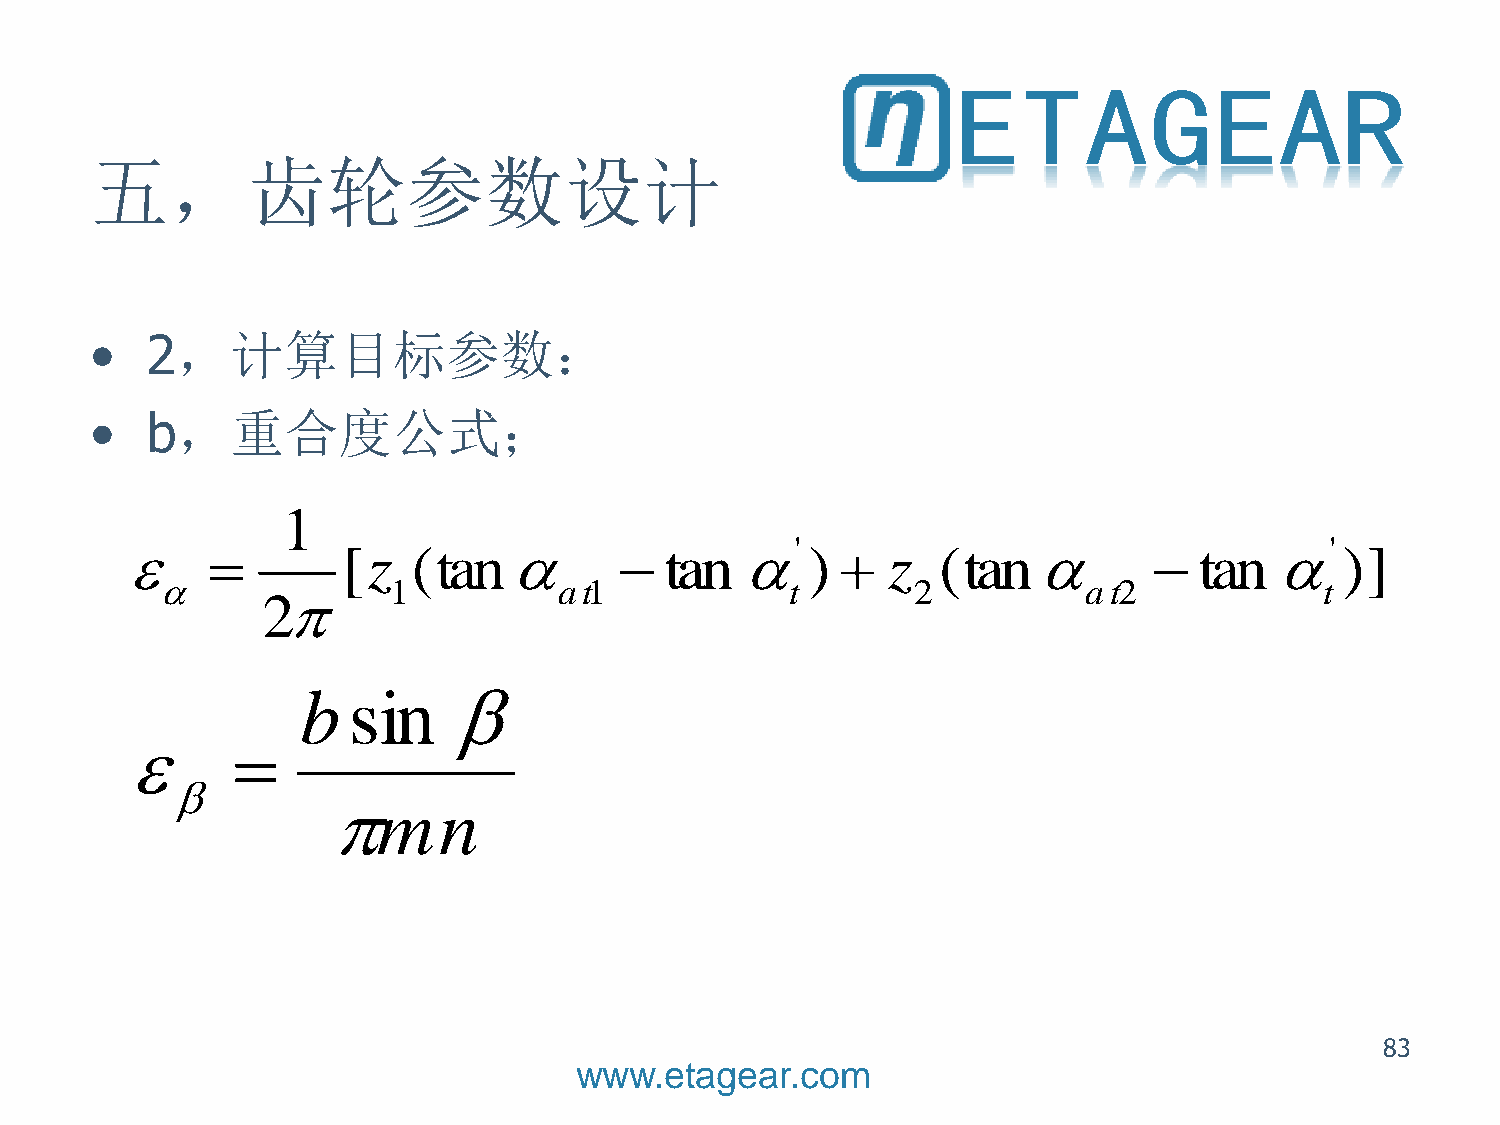
五，齿轮参数设计
 •   2，计算目标参数：
 •   b，重合度公式；
 1
 '                                  '
              [z  (tan           tan  )       z  (tan           tan  )]
                1          at1            t        2          at2             t
 2
 
 
 
 
 83
 www.etagear.com
 
 b  s i
 m
 n
 n